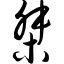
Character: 桀